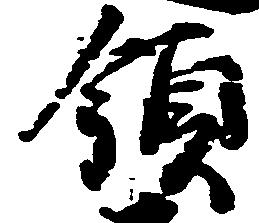
領